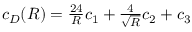
\begin{array} { r } { c _ { D } ( { \cal R } ) = \frac { 2 4 } { { \cal R } } c _ { 1 } + \frac { 4 } { \sqrt { { \cal R } } } c _ { 2 } + c _ { 3 } } \end{array}